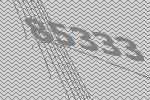
85333